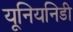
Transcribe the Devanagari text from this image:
यूनियनिडी